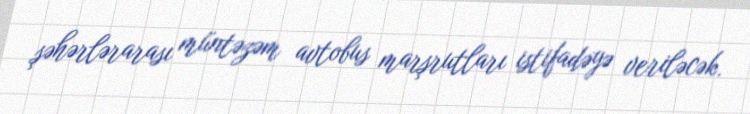
şəhərlərarası müntəzəm avtobus marşrutları istifadəyə veriləcək.